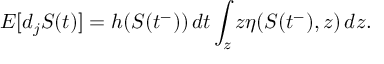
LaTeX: E [ d _ { j } S ( t ) ] = h ( S ( t ^ { - } ) ) \, d t \int _ { z } z \eta ( S ( t ^ { - } ) , z ) \, d z .